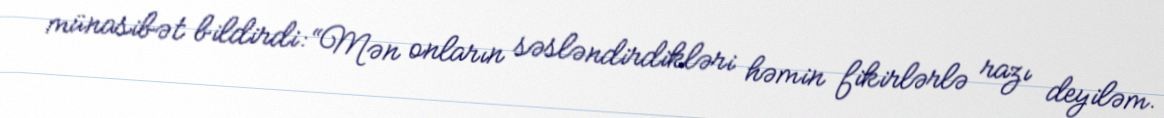
münasibət bildirdi: “Mən onların səsləndirdikləri həmin fikirlərlə razı deyiləm.